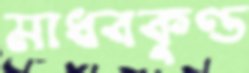
মাধবকুণ্ড